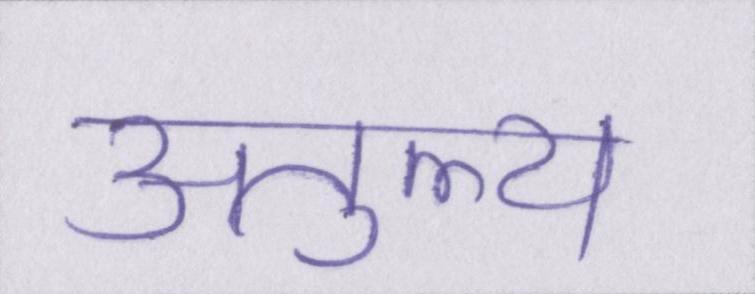
अतुल्य